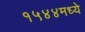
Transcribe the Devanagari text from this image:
१५४४मध्ये